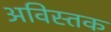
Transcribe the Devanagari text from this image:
अविस्तक